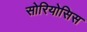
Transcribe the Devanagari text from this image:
सोरियोसिस